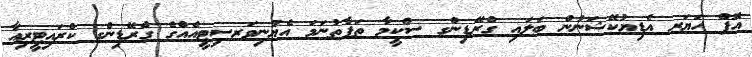
އޮފް ހަޔަރ އެޑިޔުކޭޝަނުން ބަލައި ގްރޭޑިންގ ސްކީމާ ތަފާތުނަމަ އެޔުނިވަރސިޓީއެއްގެ ގްރޭޑިންގ ކްރައިޓީރިއާ